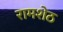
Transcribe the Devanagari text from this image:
रामशेठ